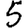
Digit: 5